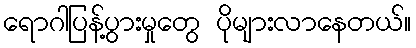
ရောဂါပြန့်ပွားမှုတွေ ပိုများလာနေတယ်။